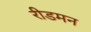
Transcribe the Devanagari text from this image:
रीडमन